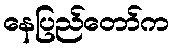
နေပြည်တော်က